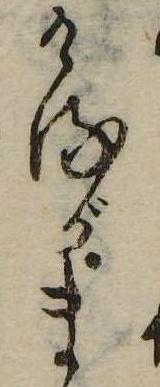
けるがま